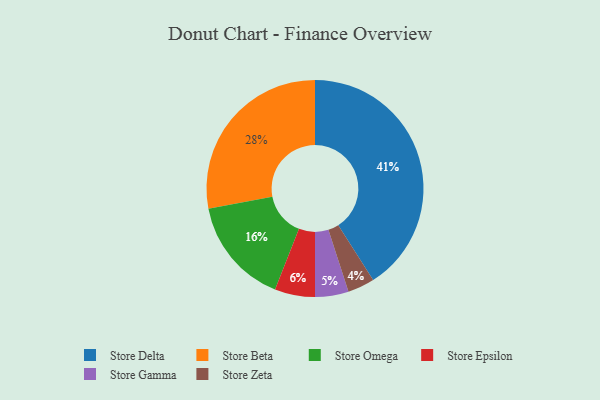
{"axis": {"x": "Category", "y": "Percentage"}, "legend": ["Store Beta", "Store Delta", "Store Epsilon", "Store Gamma", "Store Omega", "Store Zeta"], "data": [{"x": "Store Delta", "y": 41, "type": "Store Delta"}, {"x": "Store Beta", "y": 28, "type": "Store Beta"}, {"x": "Store Omega", "y": 16, "type": "Store Omega"}, {"x": "Store Zeta", "y": 4, "type": "Store Zeta"}, {"x": "Store Epsilon", "y": 6, "type": "Store Epsilon"}, {"x": "Store Gamma", "y": 5, "type": "Store Gamma"}]}